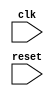
module MultirateTimer (
    input wire clk,
    input wire reset,
    
    // Add input signals for controlling counter widths, enable signals, etc.
    
    // Add output signals for the timing signals generated by the counters
);

// Add parameter definitions for configurable counter widths, enable signals, etc.

// Add internal signals for each counter

always @(posedge clk or posedge reset) begin
    if (reset) begin
        // Reset all counters
    end else begin
        // Update counter values based on enable signals and desired rates
    end
end

// Add logic for generating timing signals based on counter values

endmodule